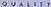
Q U A L I T Y